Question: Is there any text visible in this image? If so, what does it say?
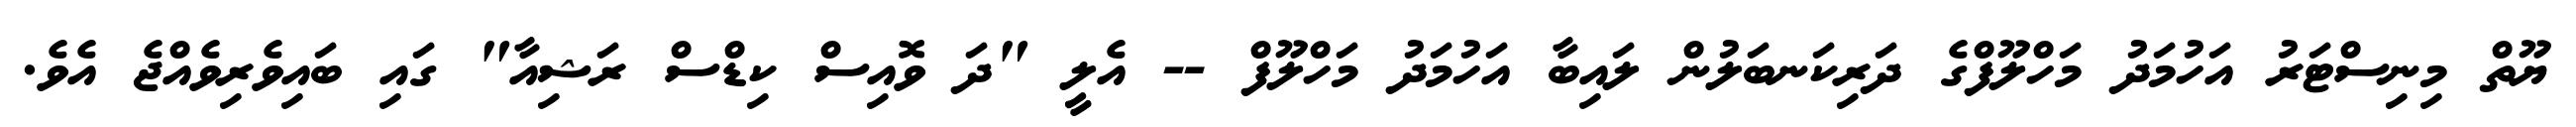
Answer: ޔޫތް މިނިސްޓަރު އަހުމަދު މަހްލޫފްގެ ދަރިކަނބަލުން ލައިބާ އަހުމަދު މަހްލޫފް -- އެލީ "ދަ ވޮއިސް ކިޑްސް ރަޝިއާ" ގައި ބައިވެރިވެއްޖެ އެވެ.